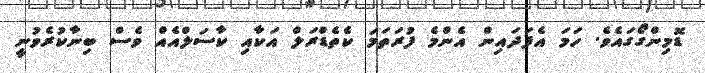
ޑޮމިންގޯގައެވެ. ހަމަ އެފަދައިން އެންމެ ފުރަތަމަ ކެތެޑްރަލް އަކާއި ކާސަލްއެއް ވެސް ބިނާކުރެވުނީ